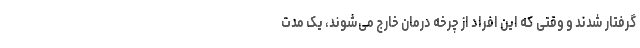
گرفتار شدند و وقتی که این افراد از چرخه درمان خارج می‌شوند، یک مدت